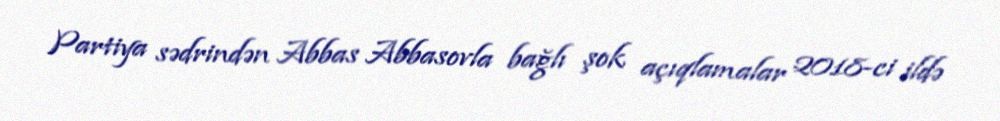
Partiya sədrindən Abbas Abbasovla bağlı şok açıqlamalar 2018-ci ildə